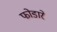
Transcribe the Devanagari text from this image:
फोडारे